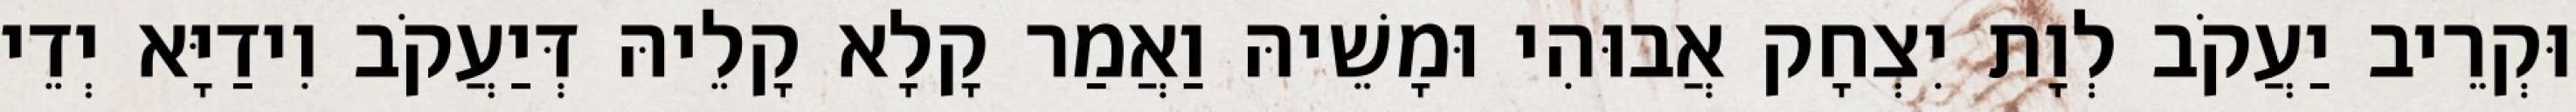
וּקְרֵיב יַעֲקֹב לְוָת יִצְחָק אֲבוּהִי וּמָשֵׁיהּ וַאֲמַר קָלָא קָלֵיהּ דְּיַעֲקֹב וִידַיָּא יְדֵי